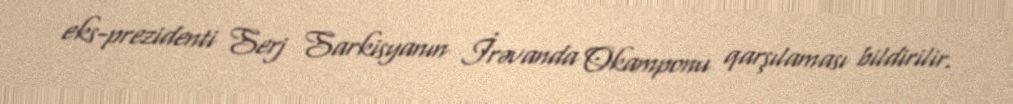
eks-prezidenti Serj Sarkisyanın İrəvanda Okamponu qarşılaması bildirilir.